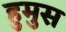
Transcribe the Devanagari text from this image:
हुमुस